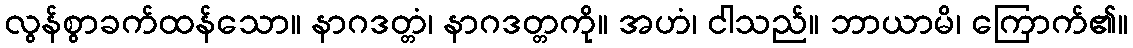
လွန်စွာခက်ထန်သော။ နာဂဒတ္တံ၊ နာဂဒတ္တကို။ အဟံ၊ ငါသည်။ ဘာယာမိ၊ ကြောက်၏။